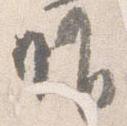
唯